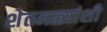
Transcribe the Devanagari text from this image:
शेतमळ्यांशी